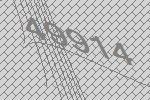
49914